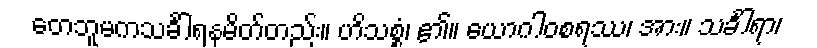
တေဘူမကသင်္ခါရနမိတ်တည်း။ ဟိသစ္စံ၊ ၏။ ယောဂါဝစရဿ၊ အား။ သင်္ခါရာ၊